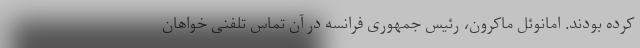
کرده بودند. امانوئل ماکرون، رئيس جمهوری فرانسه در آن تماس تلفنی خواهان